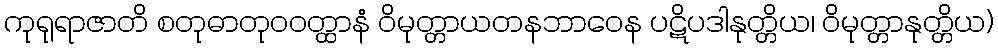
ကုရုရာဇာတိ စတုဓာတုဝဝတ္ထာနံ ဝိမုတ္တာယတနဘာဝေန ပဋိပဒါနုတ္တိယ၊ ဝိမုတ္တာနုတ္တိယ)